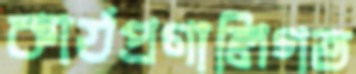
কার্যপ্রণালিগত